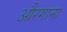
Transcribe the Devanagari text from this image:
औरगाना